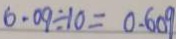
6 . 0 9 \div 1 0 = 0 . 6 0 9